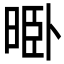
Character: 𱢊